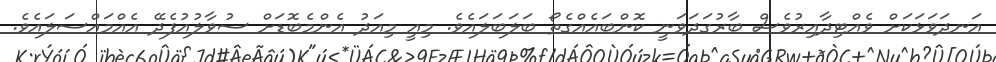
އަނދަވަޅަކަށް ވެއްޓިދާއިރުވެސް ބާރުގަދަވަނީ ކޮންބައެއްގެތޯ ބަލަބަލައެވެ. މިއީ މިއަދު އެންމެބޮޑަށް ސުވާލުއުފެދޭ އެއްމައްސަލައެވެ.